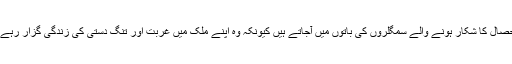
جنسی استحصال کا شکار ہونے والے سمگلروں کی باتوں میں آجاتے ہیں کیونکہ وہ اپنے ملک میں غربت اور تنگ دستی کی زندگی گزار رہے ہوتے ہیں۔